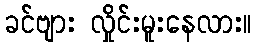
ခင်ဗျား လှိုင်းမူးနေလား။